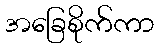
အခြေစိုက်ကာ